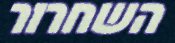
השחרור